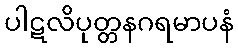
ပါဋလိပုတ္တနဂရမာပနံ